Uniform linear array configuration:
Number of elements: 24
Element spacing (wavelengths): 0.75
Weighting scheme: cosine
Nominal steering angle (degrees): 30
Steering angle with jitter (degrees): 31.108
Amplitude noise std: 0.05
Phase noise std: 0.05

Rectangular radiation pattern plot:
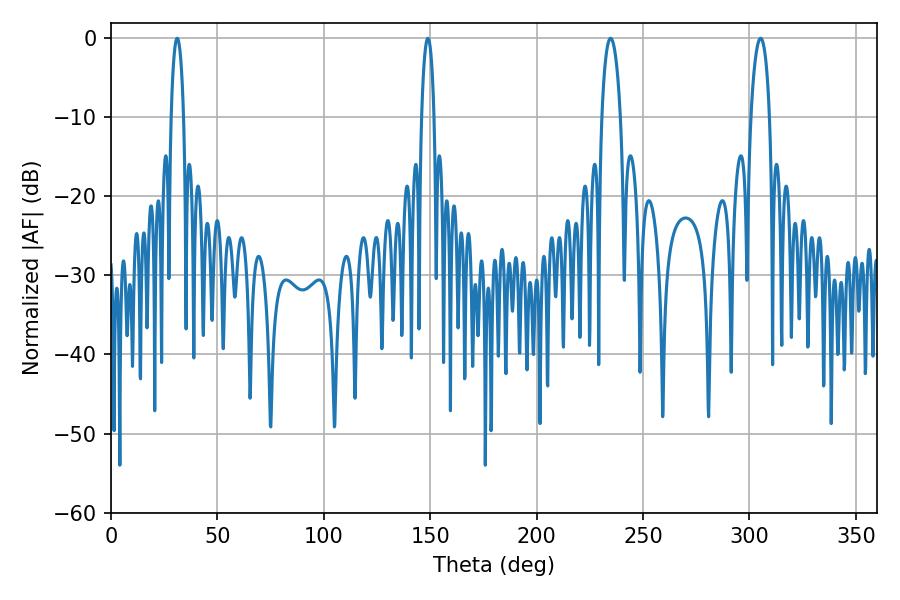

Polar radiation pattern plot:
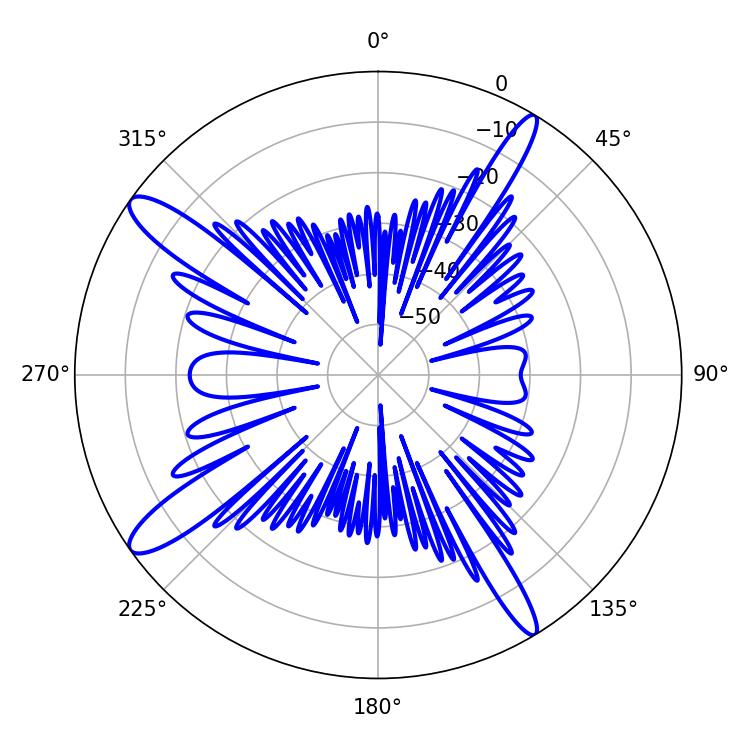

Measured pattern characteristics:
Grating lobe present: TRUE
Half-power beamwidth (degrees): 4.86
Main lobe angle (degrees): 305.28